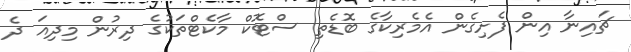
ޗައިނާ އިން ފެށިގެން އެމެރިކާގެ ބޮޑެތި ސްޓޮކް މާކެޓްތަކުގެ ދިރުން މިދިއަ ދެ